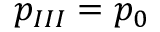
p _ { I I I } = p _ { 0 }